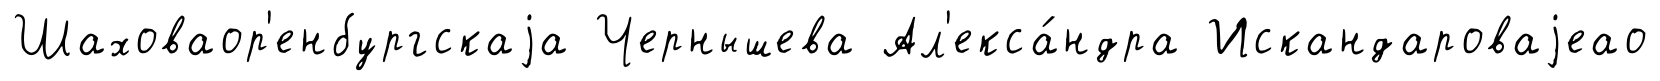
Шаховаор'енбургскаjа Чернышева Ал'екса́ндра Искандароваjеао